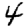
Digit: 4